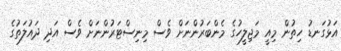
އަޅުގަނޑު ހިތުން މިއީ މަޖިލީހުގެ މެންބަރުންނަށް ވެސް މިނިސްޓަރުންނަށް ވެސް އަދި ދައުލަތުގެ